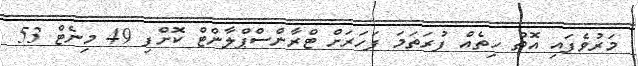
މަރުވެފައި އޮތް ހިތެއް ފުރަތަމަ ފަހަރަށް ޓްރާންސްޕްލާންޓް ކޮށްފި 49 މިނެޓް 53